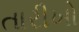
તારીખો